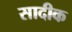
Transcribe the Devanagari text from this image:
सादीक